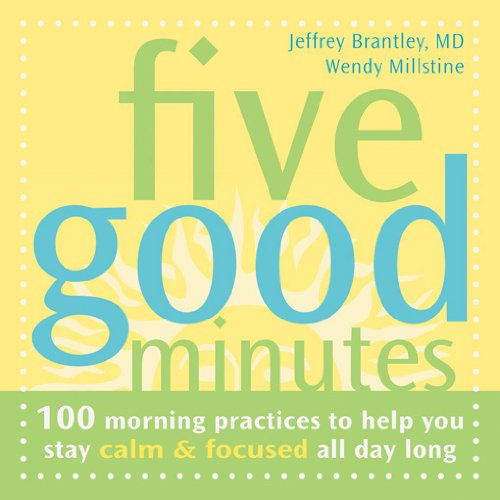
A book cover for Five Good Minutes: 100 Morning Practices to Help You Stay Calm and Focused All Day Long (The Five Good Minutes Series); Jeffrey Brantley MD; Health, Fitness & Dieting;